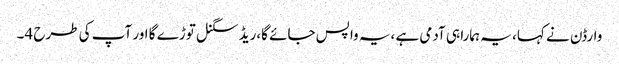
وارڈن نے کہا، یہ ہمارا ہی آدمی ہے ،یہ واپس جائے گا،ریڈ سگنل توڑے گا اور آپ کی طرح 4۔